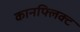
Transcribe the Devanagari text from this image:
कानफ्लिक्ट